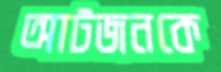
আটজনকে